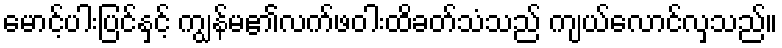
မောင့်ပါးပြင်နှင့် ကျွန်မ၏လက်ဖဝါးထိခတ်သံသည် ကျယ်လောင်လှသည်။